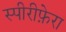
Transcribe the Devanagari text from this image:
स्पीरीफ़ेरा